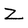
Character: Z